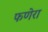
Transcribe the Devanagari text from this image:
फणेरा